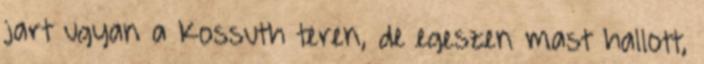
jart ugyan a Kossuth teren, de egeszen mast hallott,